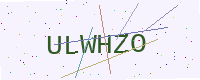
Text: ULWHZO